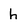
Character: h